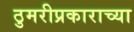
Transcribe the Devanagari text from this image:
ठुमरीप्रकाराच्या